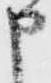
申